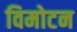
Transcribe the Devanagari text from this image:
विमोटन